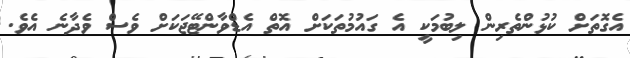
އެގޮތަށް ކުޅުންތެރިން ލިބުމަކީ އެ ގައުމުތަކަށް އޮތް އެޑްވާންޓޭޖަކަށް ވެސް ވެދާނެ އެވެ.